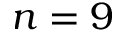
n = 9